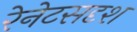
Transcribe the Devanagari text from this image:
रेनेटसदृश